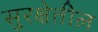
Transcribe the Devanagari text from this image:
सुरक्षेतील